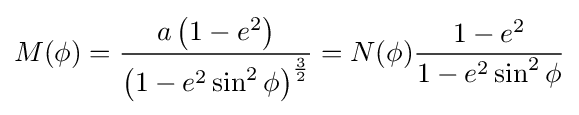
M(\phi )={\frac {a\left(1-e^{2}\right)}{\left(1-e^{2}\sin ^{2}\phi \right)^{\frac {3}{2}}}}=N(\phi ){\frac {1-e^{2}}{1-e^{2}\sin ^{2}\phi }}